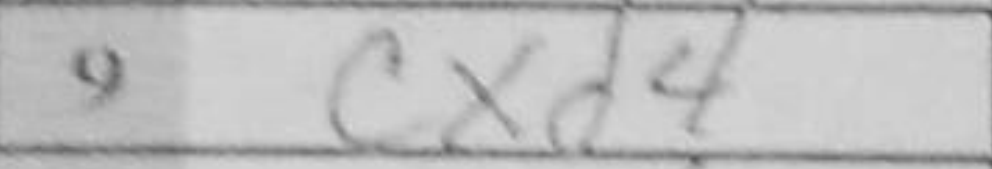
Transcription: cxd4